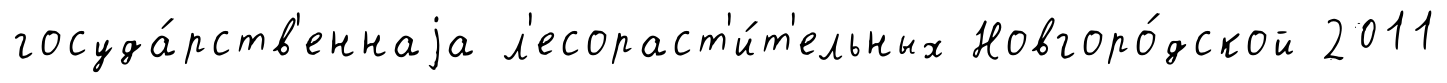
госуда́рств'еннаjа л'есораст'и́т'ельных Новгоро́дской 2011